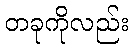
တခုကိုလည်း